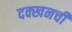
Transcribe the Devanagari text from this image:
दक्खनची